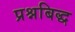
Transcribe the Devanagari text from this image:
प्रश्नबिद्ध